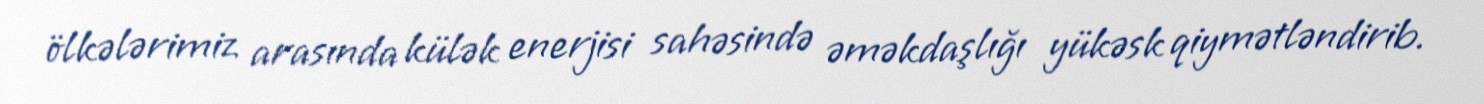
ölkələrimiz arasında külək enerjisi sahəsində əməkdaşlığı yükəsk qiymətləndirib.